Problem: 5 × 5 = ?
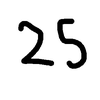
Handwritten answer: 25